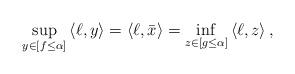
LaTeX: \begin{align*}\sup_{y\in[f\leq\alpha]}\left\langle \ell,y\right\rangle= \left\langle \ell,\bar{x}\right\rangle= \inf_{z\in [g\leq\alpha]}\left\langle \ell,z\right\rangle,\end{align*}